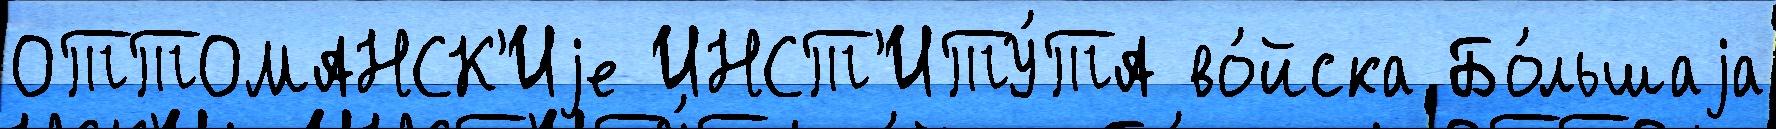
ОТТОМАНСК'Иjе ИНСТ'ИТУ́ТА во́йска Бо́льшаjа